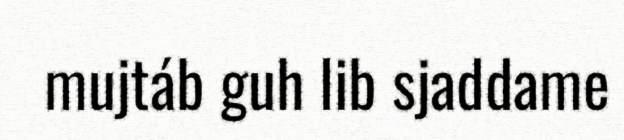
mujtáb guh lib sjaddame